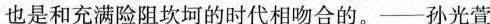
也是和充满险阻坎坷的时代相吻合的。——孙光萱